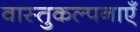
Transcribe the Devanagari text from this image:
वास्तुकल्पनाएँ